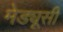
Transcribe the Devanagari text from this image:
मेड्यूसी